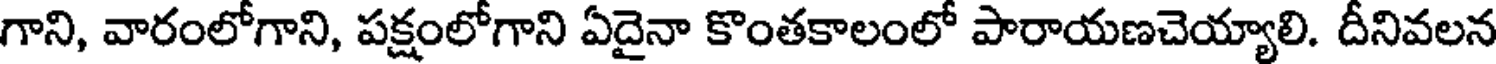
గాని, వారంలోగాని, పక్షంలోగాని ఏదైనా కొంతకాలంలో పారాయణచెయ్యాలి. దీనివలన